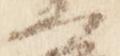
門